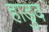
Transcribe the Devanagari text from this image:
हाडुव